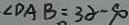
\angle D A B = 3 \alpha - 9 0